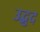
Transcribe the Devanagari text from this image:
उद्बुद